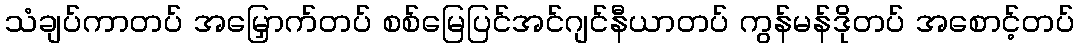
သံချပ်ကာတပ် အမြှောက်တပ် စစ်မြေပြင်အင်ဂျင်နီယာတပ် ကွန်မန်ဒိုတပ် အစောင့်တပ်